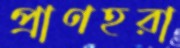
প্রাণহরা